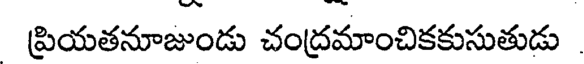
ప్రియతనూజుండు చంద్రమాంచికకుసుతుడు